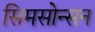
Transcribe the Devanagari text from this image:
सिमसोन्सन